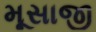
મૂસાજી